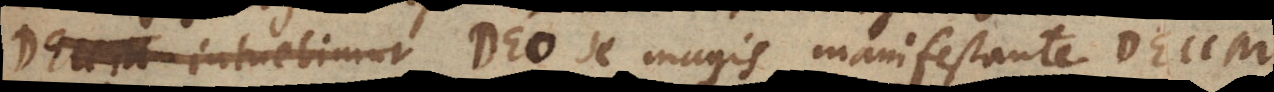
Deum intuebimur Deo se magis manifestante Deum